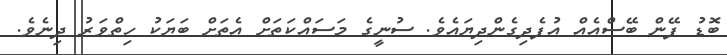
ބޮޑު ފޭން ބޭސްއެއް އުފެދިގެންދިޔައެވެ. ސުނީގެ މަސައްކަތަށް އެތަށް ބަޔަކު ހިތްވަރު ދިނެވެ.